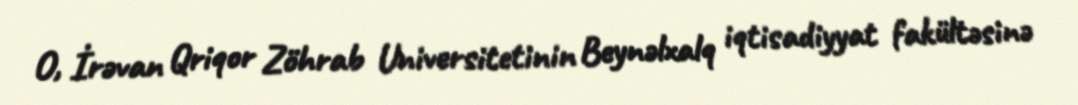
O, İrəvan Qriqor Zöhrab Universitetinin Beynəlxalq iqtisadiyyat fakültəsinə